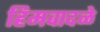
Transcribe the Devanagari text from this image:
हिमवादळे